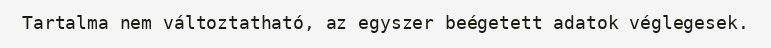
Tartalma nem változtatható, az egyszer beégetett adatok véglegesek.